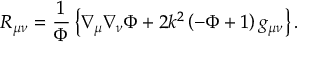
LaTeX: R _ { \mu \nu } = { \frac { 1 } { \Phi } } \left\{ \nabla _ { \mu } \nabla _ { \nu } \Phi + 2 k ^ { 2 } \left( - \Phi + 1 \right) g _ { \mu \nu } \right\} .